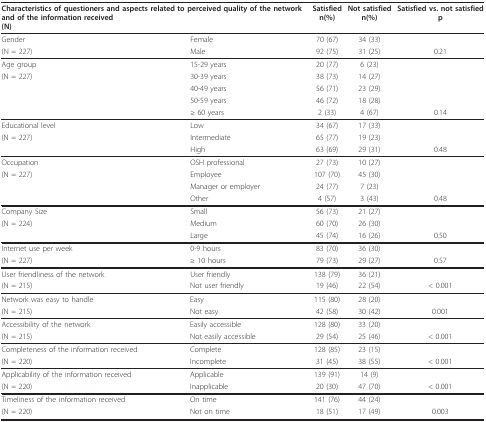
<table><thead><tr><td colspan="2"><b>Characteristics of questioners and aspects related to perceived quality of the network and of the information received(N)</b></td><td><b>Satisfiedn(%)</b></td><td><b>Not satisfiedn(%)</b></td><td><b>Satisfied vs. not satisfiedp</b></td></tr></thead><tbody><tr><td>Gender</td><td>Female</td><td>70 (67)</td><td>34 (33)</td><td></td></tr><tr><td>(N = 227)</td><td>Male</td><td>92 (75)</td><td>31 (25)</td><td>0.21</td></tr><tr><td>Age group</td><td>15-29 years</td><td>20 (77)</td><td>6 (23)</td><td></td></tr><tr><td>(N = 227)</td><td>30-39 years</td><td>38 (73)</td><td>14 (27)</td><td></td></tr><tr><td></td><td>40-49 years</td><td>56 (71)</td><td>23 (29)</td><td></td></tr><tr><td></td><td>50-59 years</td><td>46 (72)</td><td>18 (28)</td><td></td></tr><tr><td></td><td>≥ 60 years</td><td>2 (33)</td><td>4 (67)</td><td>0.14</td></tr><tr><td>Educational level</td><td>Low</td><td>34 (67)</td><td>17 (33)</td><td></td></tr><tr><td>(N = 227)</td><td>Intermediate</td><td>65 (77)</td><td>19 (23)</td><td></td></tr><tr><td></td><td>High</td><td>63 (69)</td><td>29 (31)</td><td>0.48</td></tr><tr><td>Occupation</td><td>OSH professional</td><td>27 (73)</td><td>10 (27)</td><td></td></tr><tr><td>(N = 227)</td><td>Employee</td><td>107 (70)</td><td>45 (30)</td><td></td></tr><tr><td></td><td>Manager or employer</td><td>24 (77)</td><td>7 (23)</td><td></td></tr><tr><td></td><td>Other</td><td>4 (57)</td><td>3 (43)</td><td>0.48</td></tr><tr><td>Company Size</td><td>Small</td><td>56 (73)</td><td>21 (27)</td><td></td></tr><tr><td>(N = 224)</td><td>Medium</td><td>60 (70)</td><td>26 (30)</td><td></td></tr><tr><td></td><td>Large</td><td>45 (74)</td><td>16 (26)</td><td>0.50</td></tr><tr><td>Internet use per week</td><td>0-9 hours</td><td>83 (70)</td><td>36 (30)</td><td></td></tr><tr><td>(N = 227)</td><td>≥ 10 hours</td><td>79 (73)</td><td>29 (27)</td><td>0.57</td></tr><tr><td>User friendliness of the network</td><td>User friendly</td><td>138 (79)</td><td>36 (21)</td><td></td></tr><tr><td>(N = 215)</td><td>Not user friendly</td><td>19 (46)</td><td>22 (54)</td><td>&lt; 0.001</td></tr><tr><td>Network was easy to handle</td><td>Easy</td><td>115 (80)</td><td>28 (20)</td><td></td></tr><tr><td>(N = 215)</td><td>Not easy</td><td>42 (58)</td><td>30 (42)</td><td>0.001</td></tr><tr><td>Accessibility of the network</td><td>Easily accessible</td><td>128 (80)</td><td>33 (20)</td><td></td></tr><tr><td>(N = 215)</td><td>Not easily accessible</td><td>29 (54)</td><td>25 (46)</td><td>&lt; 0.001</td></tr><tr><td>Completeness of the information received</td><td>Complete</td><td>128 (85)</td><td>23 (15)</td><td></td></tr><tr><td>(N = 220)</td><td>Incomplete</td><td>31 (45)</td><td>38 (55)</td><td>&lt; 0.001</td></tr><tr><td>Applicability of the information received</td><td>Applicable</td><td>139 (91)</td><td>14 (9)</td><td></td></tr><tr><td>(N = 220)</td><td>Inapplicable</td><td>20 (30)</td><td>47 (70)</td><td>&lt; 0.001</td></tr><tr><td>Timeliness of the information received</td><td>On time</td><td>141 (76)</td><td>44 (24)</td><td></td></tr><tr><td>(N = 220)</td><td>Not on time</td><td>18 (51)</td><td>17 (49)</td><td>0.003</td></tr></tbody></table>